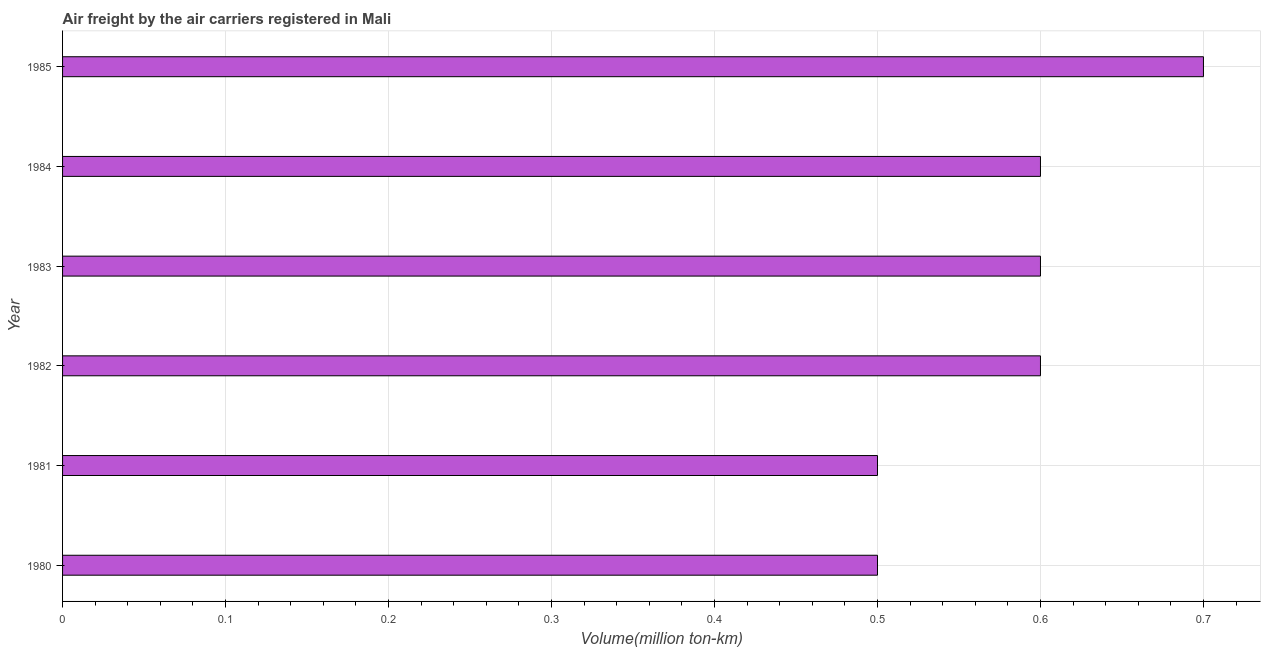
| Year | Air transport |
 | --- | --- |
 | 1980 | 0.5 |
 | 1981 | 0.5 |
 | 1982 | 0.6 |
 | 1983 | 0.6 |
 | 1984 | 0.6 |
 | 1985 | 0.7 |